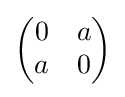
{\begin{pmatrix}0&a\\a&0\end{pmatrix}}